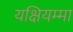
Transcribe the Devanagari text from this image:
यक्षियम्मा